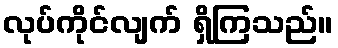
လုပ်ကိုင်လျက် ရှိကြသည်။